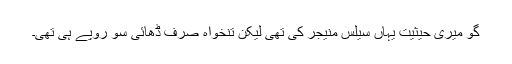
گو میری حیثیت یہاں سیلس منیجر کی تھی لیکن تنخواہ صرف ڈھائی سو روپے ہی تھی۔